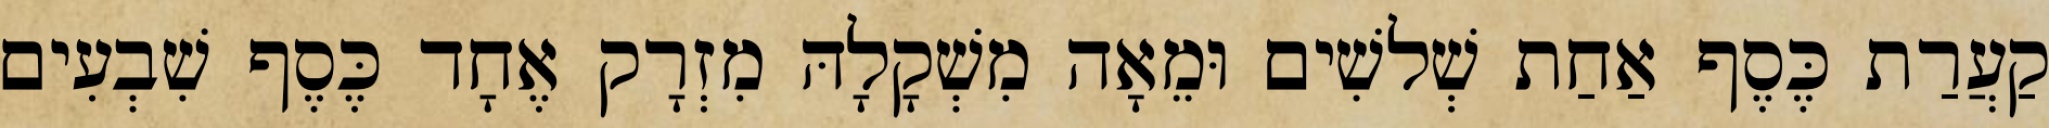
קַעֲרַת כֶּסֶף אַחַת שְׁלשִׁים וּמֵאָה מִשְׁקָלָהּ מִזְרָק אֶחָד כֶּסֶף שִׁבְעִים